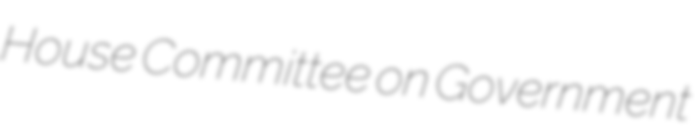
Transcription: House Committee on Government